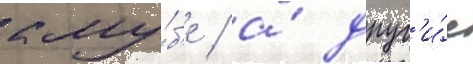
клу́б'е / а́ друг'и́е